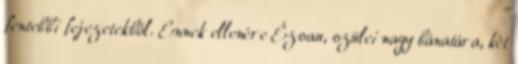
fentebbi fejezetekből. Ennek ellenére Ézsau, szülei nagy bánatára, két